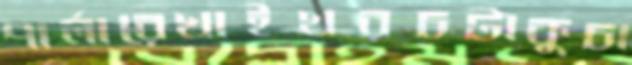
পার্লারেখাইখরচটাকুচা